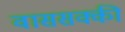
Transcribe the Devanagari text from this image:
वाससक्की